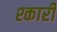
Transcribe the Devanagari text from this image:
श्कारी